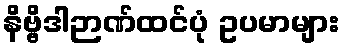
နိဗ္ဗိဒါဉာဏ်ထင်ပုံ ဥပမာများ